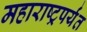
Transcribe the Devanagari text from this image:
महाराष्ट्रपर्यंत